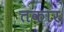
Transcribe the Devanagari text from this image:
तकार